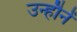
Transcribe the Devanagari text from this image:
उन्हौनें